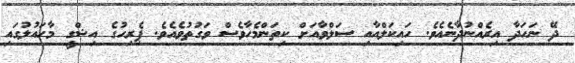
ދޭ ނަހަދާ އިރެއްނުދާނެއެވެ. ހައިކަލްއާއި ސަލްވާއަށް ކިތަންމެހާވެސް ވަގުތުވެއެވެ. ޕެރިހުގެ އިޝްގީ މާހައުލުގައި